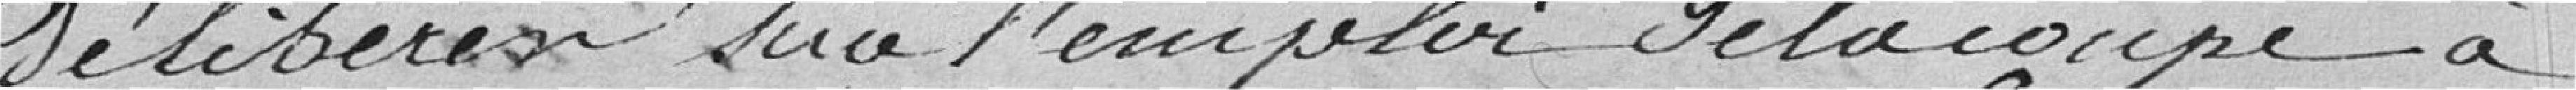
délibérer sur l'emploi de la coupe à